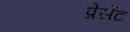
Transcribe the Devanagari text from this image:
प्रेसेंट